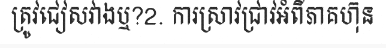
ត្រូវជៀសវាងឬ?2. ការស្រាវជ្រាវអំពីភាគហ៊ុន